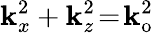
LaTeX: \mathbf{k}_{x}^{2}+\mathbf{k}_{z}^{2}\! =\! \mathbf{k}_{\mathrm{{o}}}^{2}